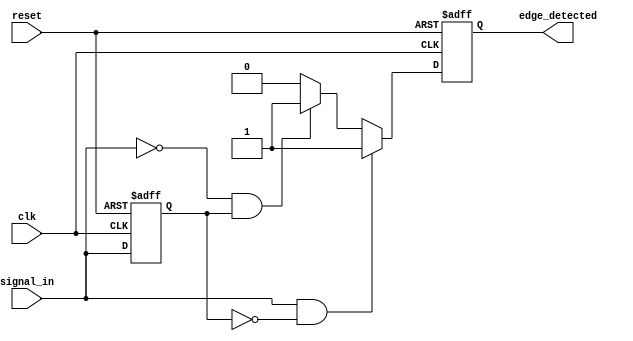
module dual_edge_detector (
    input wire clk,            // Clock signal
    input wire reset,          // Asynchronous reset signal
    input wire signal_in,      // Input signal to detect edges
    output reg edge_detected   // Output signal indicating edge detection
);

// Internal signal to hold the previous state of signal_in
reg previous_state;

// Edge detection logic
always @(posedge clk or posedge reset) begin
    if (reset) begin
        // Reset the previous state and output
        previous_state <= 1'b0;
        edge_detected <= 1'b0;
    end else begin
        // Edge detection logic
        if (signal_in && !previous_state) begin
            // Rising edge detected
            edge_detected <= 1'b1; // Assert edge detected
        end else if (!signal_in && previous_state) begin
            // Falling edge detected
            edge_detected <= 1'b1; // Assert edge detected
        end else begin
            edge_detected <= 1'b0; // Deassert edge detected
        end
        
        // Update previous state
        previous_state <= signal_in;
    end
end

endmodule